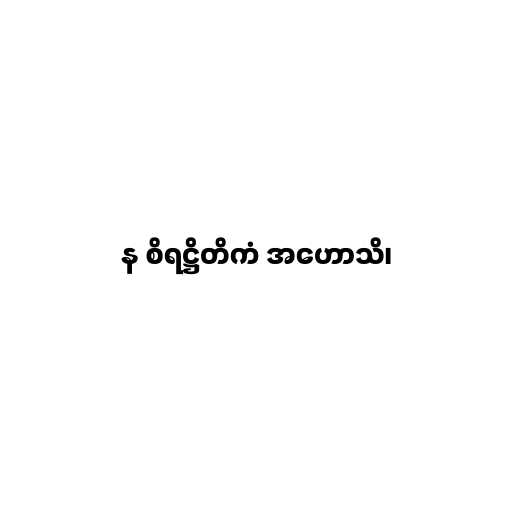
န စိရဋ္ဌိတိကံ အဟောသိ၊